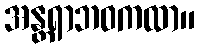
အန္တရာဘဝကထာ။